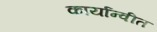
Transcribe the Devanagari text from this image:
कार्यान्‍वीत